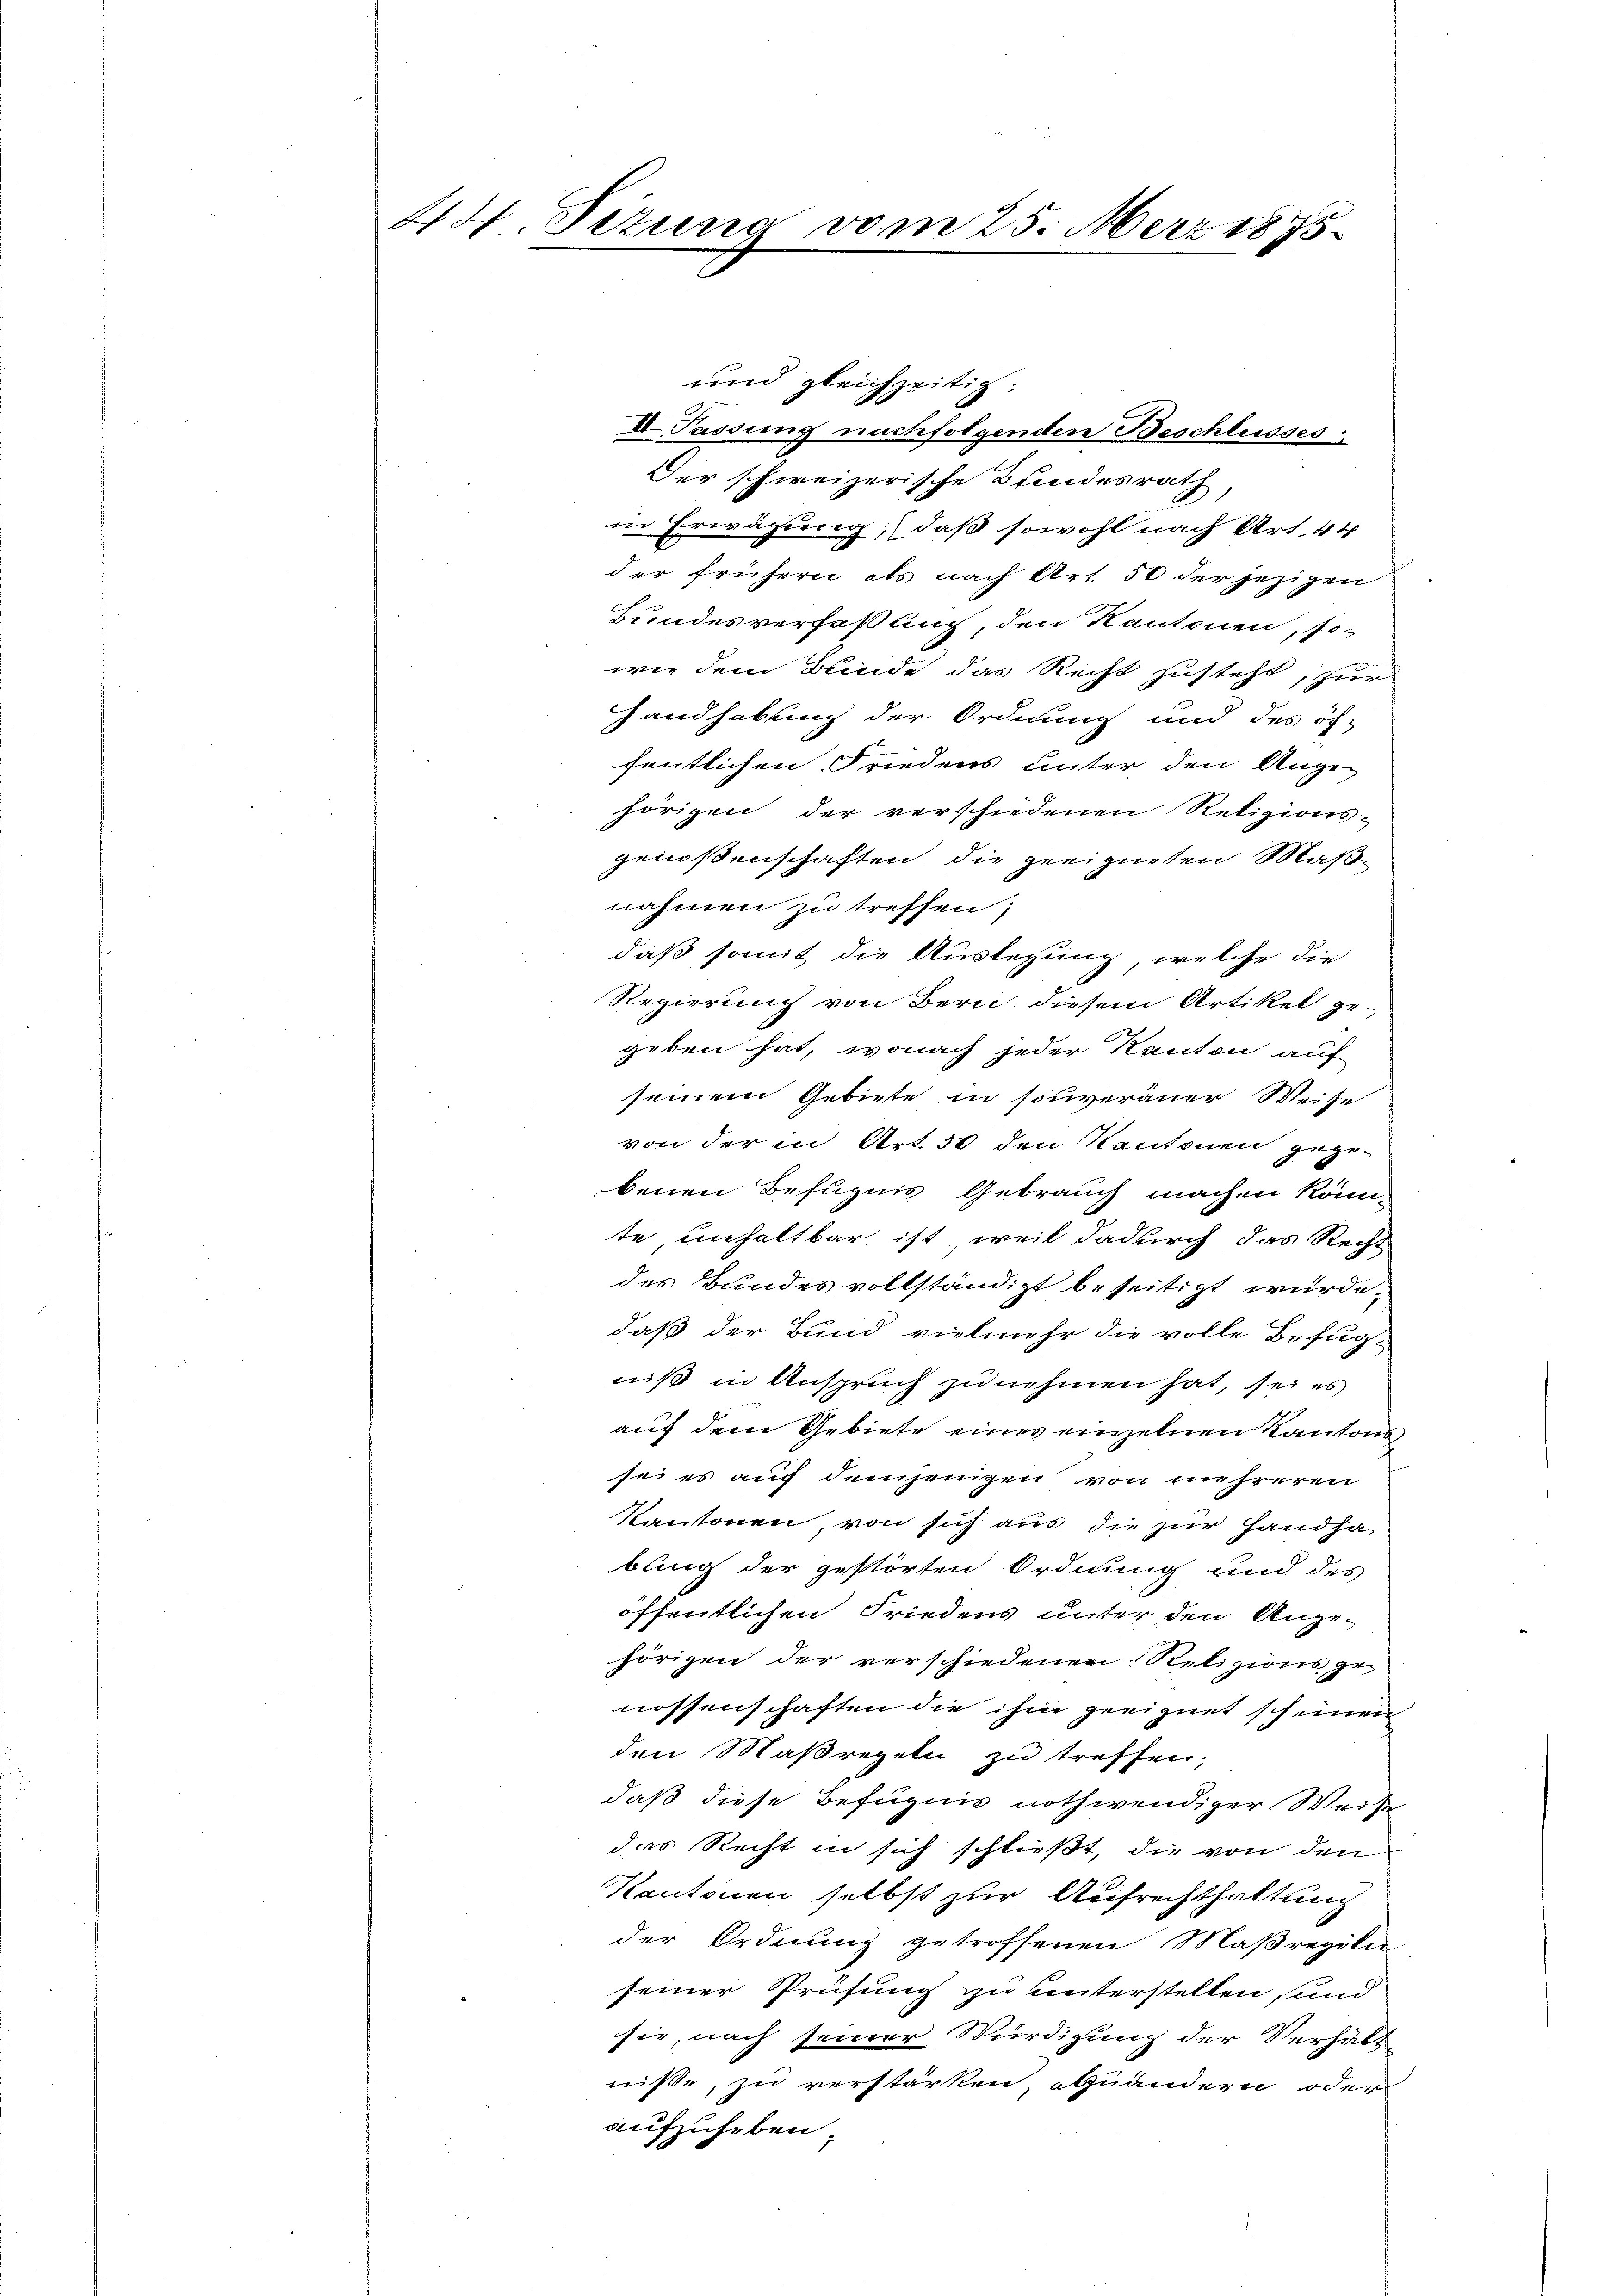
44 Sizung vom 25. März 1875.
.

und gleichzeitig.
II. Passung nachfolgenden Beschlusses
Der schweizerische Blindesrath
in Erwägung, daß sowohl nach Art. 44
der frühern als nach Art. 50 der jezigen
Bundesverfaßung, den Kantonen, so
wie dem Bunde das Recht zusteht, zur
Handhabung der Ordnung und des öf-
fentlichen Friedens unter den Ange-
hörigen der verschiedenen Religionsgenossenschaften, die geeigneten Maßnahmen zu treffen;
daß somit die Auslegung, welche die
Regierung von Bern diesem Artikel ge-
geben hat, wonach jeder Kanton auf
seinem Gebiete in souveraner Weise
von der in Art. 50 den Kantonen gegebenen Befugnis Gebrauch machen könnte unhaltbar ist, weil dadurch das Recht
des Bundes vollständigt beseitigt wurde.
daß der Bund vielmehr die volle Befug-
niß in Anspruch zunehmen hat, sei es
auf dem Gebiete eines einzelnen Kantons
sei es auch demjenigen von mehreren
Kantonen von sich aus die zur Handha
bung der gestörten Ordnung und des
öffentlichen Friedens unter den Ange-
hörigen der verschiedenen Religions zu
nossenschaften die ihm geeignet scheinen
den Maßregeln zu treffen;
daß diese Befugnis nothwendiger Werst
das Recht in sich schließt, die von den
Kantonen selbst zur Aufrechthaltung
der Ordnung getroffenen Maßregili
seiner Prüfung zu unterstellen, und
sie, nach seiner Würdigung der Verhält-
nisse, zu verstärken, abzuändern oder
aufzuheben